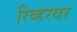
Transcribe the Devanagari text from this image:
रिव्हरवर